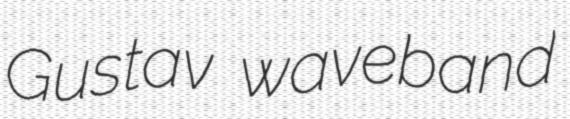
Gustav waveband